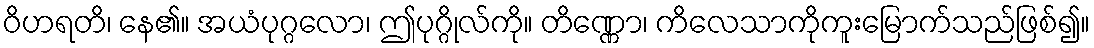
ဝိဟရတိ၊ နေ၏။ အယံပုဂ္ဂလော၊ ဤပုဂ္ဂိုလ်ကို။ တိဏ္ဏော၊ ကိလေသာကိုကူးမြောက်သည်ဖြစ်၍။